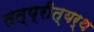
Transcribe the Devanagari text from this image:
तत्प्रीत्यर्थ